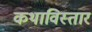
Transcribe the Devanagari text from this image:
कथाविस्तार